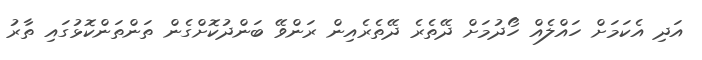
އަދި އެކަމަށް ހައްލެއް ހޯދުމަށް ދޭތެރެ ދޭތެރެއިން ރަންވޭ ބަންދުކޮށްގެން ތަންތަންކޮޅުގައި ތާރު